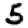
Digit: 5